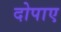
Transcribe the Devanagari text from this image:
दोपाए